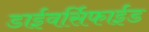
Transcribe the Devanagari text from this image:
डाईवर्सिफाईड